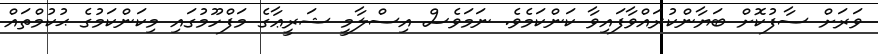
ވަރަށް ސާފުކޮށް ބަޔާންކުރައްވާފައިވާ ކަންކަމެވެ. ނަމަވެސް އިސްލާމީ ޝަރީޢާގެ މަފްހޫމުގައި މިކަންކަމުގެ ޙުކުމްތައް